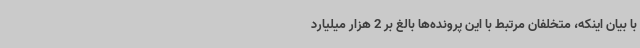
با بیان اینکه، متخلفان مرتبط با این پرونده‌ها بالغ بر 2 هزار میلیارد